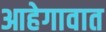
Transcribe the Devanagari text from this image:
आहेगावात